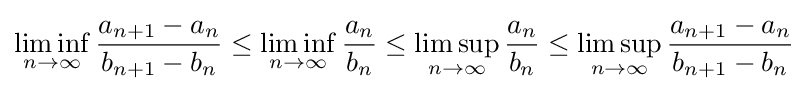
\liminf _{n\to \infty }{\frac {a_{n+1}-a_{n}}{b_{n+1}-b_{n}}}\leq \liminf _{n\to \infty }{\frac {a_{n}}{b_{n}}}\leq \limsup _{n\to \infty }{\frac {a_{n}}{b_{n}}}\leq \limsup _{n\to \infty }{\frac {a_{n+1}-a_{n}}{b_{n+1}-b_{n}}}